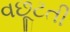
વછૂટતી